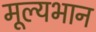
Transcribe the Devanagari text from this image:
मूल्यभान